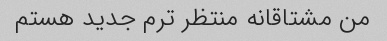
من مشتاقانه منتظر ترم جدید هستم